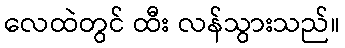
လေထဲတွင် ထီး လန်သွားသည်။